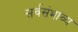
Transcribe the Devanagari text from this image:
सर्वसंभाव्य